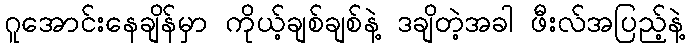
ဂူအောင်းနေချိန်မှာ ကိုယ့်ချစ်ချစ်နဲ့ ဒချိတဲ့အခါ ဖီးလ်အပြည့်နဲ့